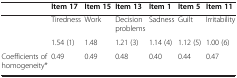
|  | Item 17 | Item 15 | Item 13 | Item 1 | Item 5 | Item 11 |
 | --- | --- | --- | --- | --- | --- | --- |
 | <ROWSPAN=2>  | Tiredness | Work | Decision problems | Sadness | Guilt | Irritability |
 | 1.54 (1) | 1.48 | 1.21 (3) | 1.14 (4) | 1.12 (5) | 1.00 (6) |
 | Coefficients of homogeneity* | 0.49 | 0.49 | 0.48 | 0.40 | 0.44 | 0.47 |